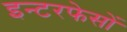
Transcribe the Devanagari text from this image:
इन्टरफेसों